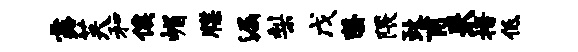
露芙和俟嵋牒漏梨戊罄隈政甫来措低